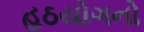
હઠયોગનો